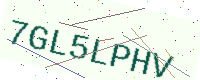
Text: 7GL5LPHV